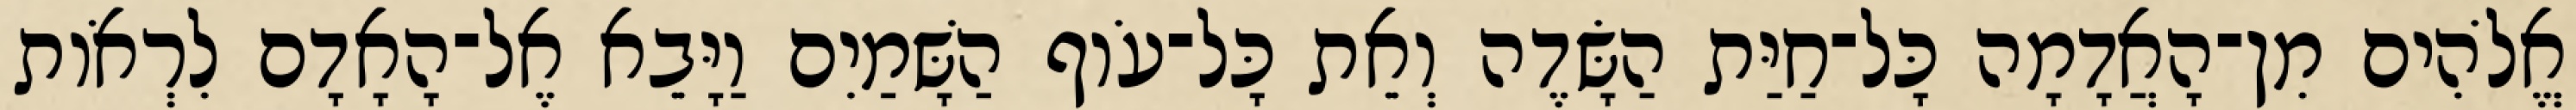
אֱלֹהִים מִן־הָאֲדָמָה כָּל־חַיַּת הַשָּׂדֶה וְאֵת כָּל־עֹוף הַשָּׁמַיִם וַיָּבֵא אֶל־הָאָדָם לִרְאֹות